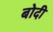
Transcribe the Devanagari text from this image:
बोदी